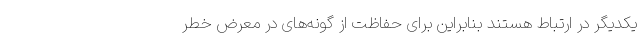
یکدیگر در ارتباط هستند بنابراین برای حفاظت از گونه‌های در معرض خطر